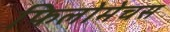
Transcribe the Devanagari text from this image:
फिलोमेचस